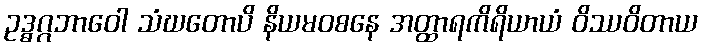
ဥဒ္ဓဂ္ဂဘာဝေါ သံဃတောပိ နိယမဝစနေ အတ္ထာရကိရိယာယံ ဝိဿဝိတာယ